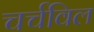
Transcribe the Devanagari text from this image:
चर्चविल